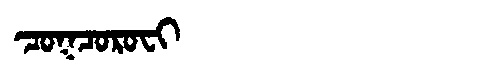
Manchu: ᠴᠣᡴᠴᠣᡵᠣᠸᡳ
Romanization: COKCOROFI